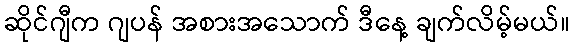
ဆိုင်ဂျီက ဂျပန် အစားအသောက် ဒီနေ့ ချက်လိမ့်မယ်။